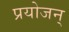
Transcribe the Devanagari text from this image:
प्रयोजन्